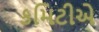
કમિટીએ